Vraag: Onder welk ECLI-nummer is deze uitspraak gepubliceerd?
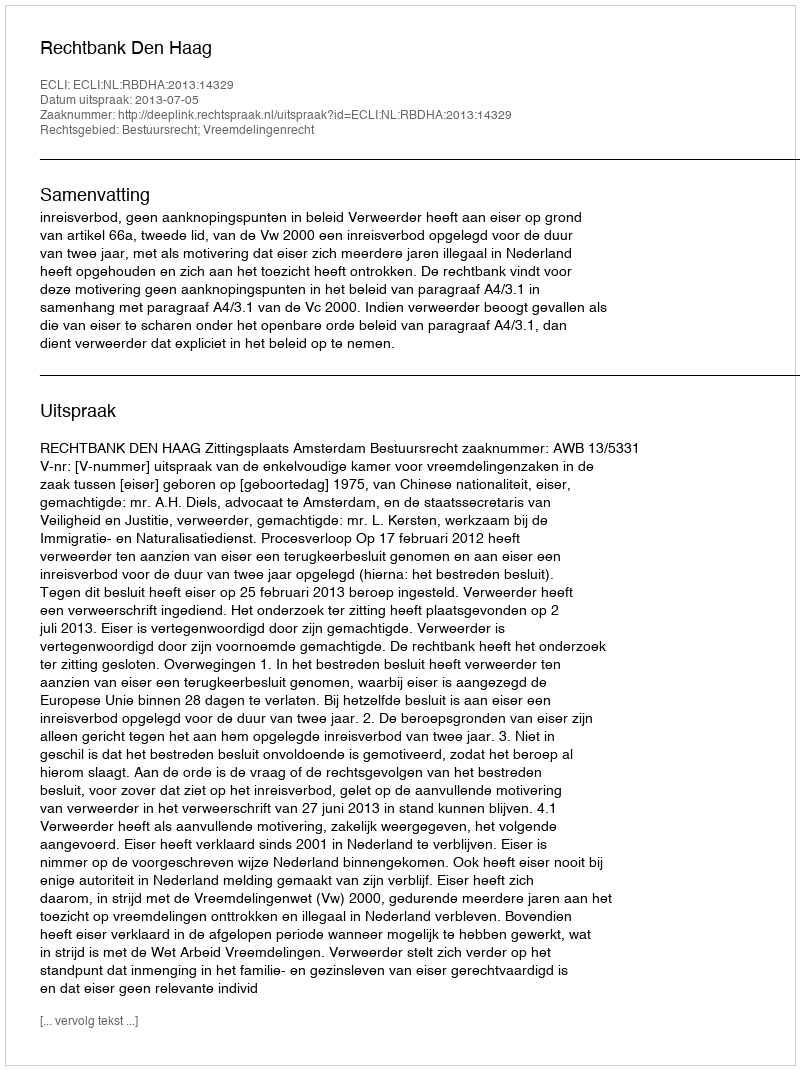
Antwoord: ECLI:NL:RBDHA:2013:14329